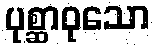
ပုစ္ဆာဝုသော